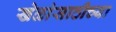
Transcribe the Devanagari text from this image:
खेळांसाठीच्या